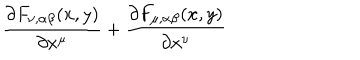
\frac { \partial F _ { \nu , \alpha \beta } ( x , y ) } { \partial x ^ { \mu } } + \frac { \partial F _ { \mu , \alpha \beta } ( x , y ) } { \partial x ^ { \nu } }